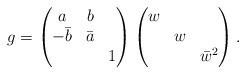
LaTeX: \begin{align*}g=\begin{pmatrix}a&b&\\-\bar{b}&\bar{a}&\\&&1\end{pmatrix}\begin{pmatrix}w&&\\&w&\\&&\bar{w}^2\end{pmatrix}.\end{align*}